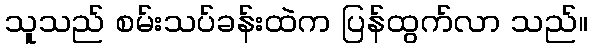
သူသည် စမ်းသပ်ခန်းထဲက ပြန်ထွက်လာ သည်။